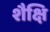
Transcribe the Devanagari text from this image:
शैक्षि